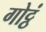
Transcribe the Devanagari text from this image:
गोट्ठं